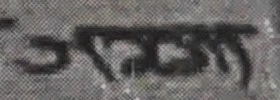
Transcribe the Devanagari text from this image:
गक्यमा